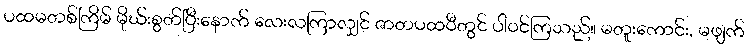
ပထမတစ်ကြိမ် မိုဃ်းစွတ်ပြီးနောက် လေးလကြာလျှင် ဇာတပထဝီတွင် ပါဝင်ကြသည်။ မတူးကောင်း, မဖျက်